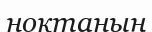
ноқтаның